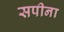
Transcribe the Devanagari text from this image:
सपीना